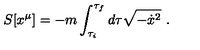
S [ x ^ { \mu } ] = - m \int _ { \tau _ { i } } ^ { \tau _ { f } } d \tau \sqrt { - \dot { x } ^ { 2 } } \ .